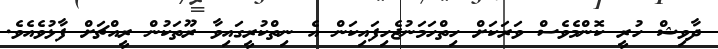
ދާވިޝް ހުރީ ކޮންމެވެސް ވަރަކަށް ހިތްހަމަނުޖެހިފައިކަން އެ ނިތްކުރީގައިވާ ރޫތަކުން ރީއްޗަށް ފާޅުވެއެވެ.